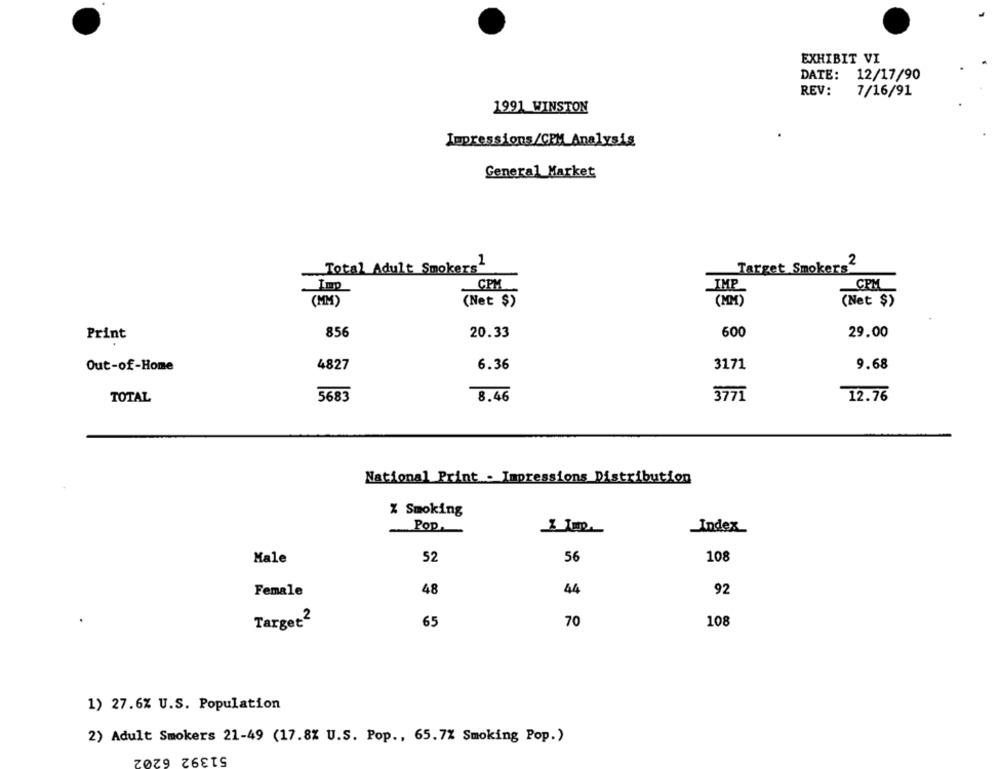
EXHIBIT VI
DATE: 12/17/90
REV:
7/16/91
1991 WINSTON
Impressions/CPM Analysis
General Market
Total Adult Smokers2
Target Smokers2
CPM
CPM
IMP
(MM)
(Net $)
(MM)
(Net $)
Print
856
20.33
600
29.00
Out-of-Home
4827
6.36
3171
9.68
TOTAL
5683
8.46
3771
12.76
National Print - Impressions Distribution
% Smoking
POR
Index
Male
52
56
108
Female
48
44
92
Target2
65
70
108
1) 27.6% U.S. Population
2) Adult Smokers 21-49 (17.8% U.S. Pop ., 65.7% Smoking Pop.)
51392 6202